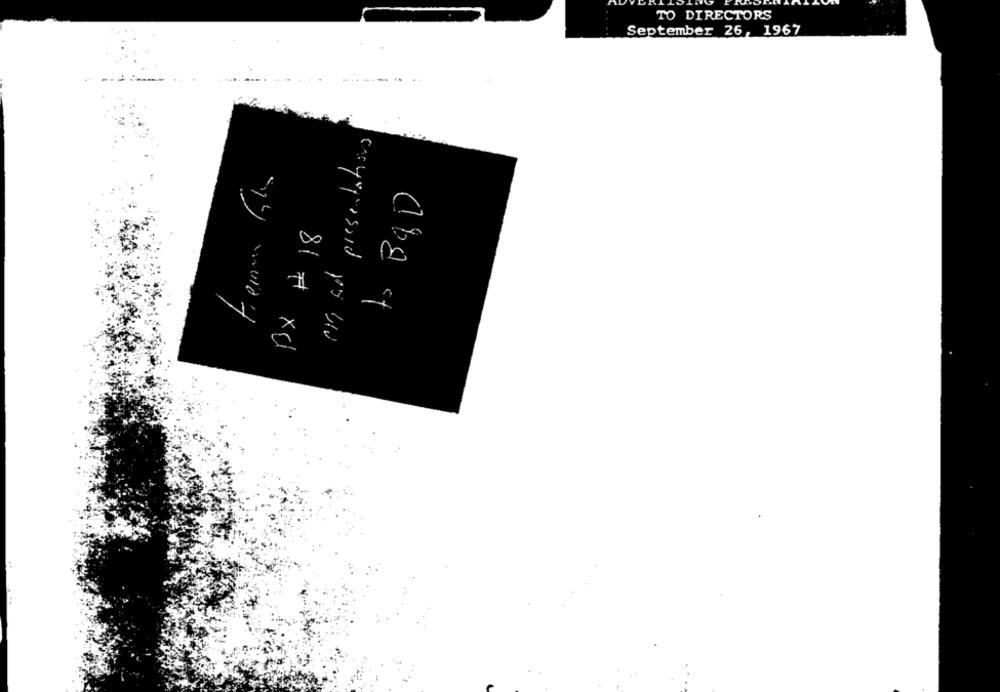
TO DIRECTORS
September 26, 1967
mad presentations
81 # xCl